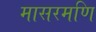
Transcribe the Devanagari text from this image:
मासरमणि